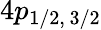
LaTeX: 4p_{1/2,\, 3/2}